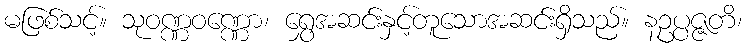
မဖြစ်သင့်။ သုဝဏ္ဏဝဏ္ဏော၊ ရွှေအဆင်းနှင့်တူသောအဆင်းရှိသည်။ နဥပ္ပဇ္ဇတိ၊